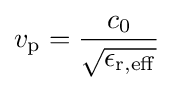
v_{\mathrm {p} }={\frac {c_{0}}{\sqrt {\epsilon _{\mathrm {r,eff} }}}}